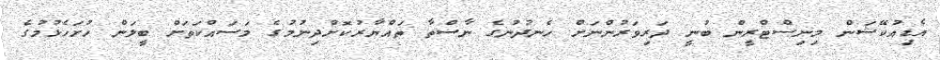
އެޑިއުކޭޝަން މިނިސްޓްރީން ބުނީ ދަރިވަރުންނަށް ހެނދުނުގެ ނާސްތާ ތައްޔާރުކޮށްދިނުމުގެ މަސައްކަތަށް ބީލަން ހުށަހެޅުމުގެ